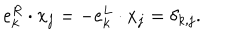
e _ { k } ^ { R } \cdot x _ { j } = - e _ { k } ^ { L } \cdot x _ { j } = \delta _ { k , j } .